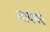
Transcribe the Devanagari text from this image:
नाकारं